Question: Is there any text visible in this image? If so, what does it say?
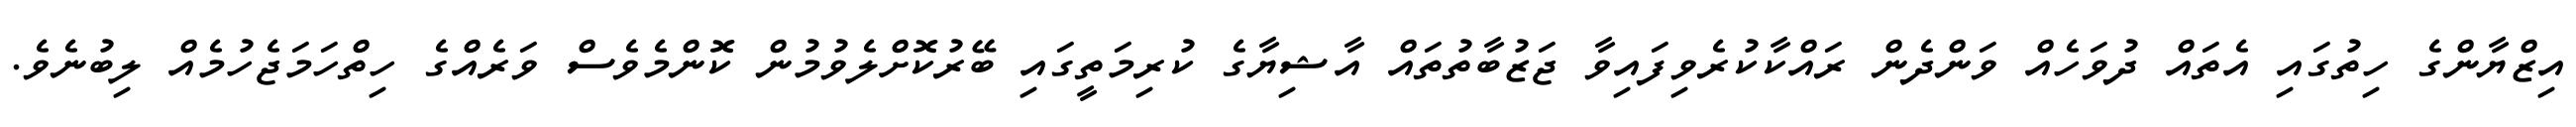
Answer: އިޒްޔާންގެ ހިތުގައި އެތައް ދުވަހެއް ވަންދެން ރައްކާކުރެވިފައިވާ ޖަޒުބާތުތައް އާޝިޔާގެ ކުރިމަތީގައި ބޭރުކޮށްލެވުމުން ކޮންމެވެސް ވަރެއްގެ ހިތްހަމަޖެހުމެއް ލިބުނެވެ.